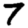
Digit: 7